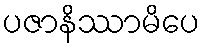
ပဇာနိဿာမိပေ